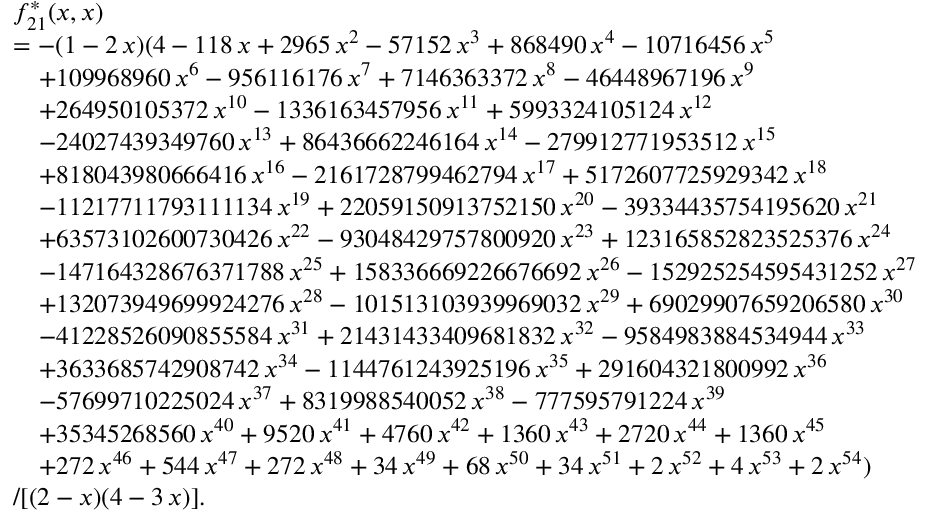
\begin{array} { r l } & { f _ { 2 1 } ^ { * } ( x , x ) } \\ & { = - ( 1 - 2 \, x ) ( 4 - 1 1 8 \, x + 2 9 6 5 \, x ^ { 2 } - 5 7 1 5 2 \, x ^ { 3 } + 8 6 8 4 9 0 \, x ^ { 4 } - 1 0 7 1 6 4 5 6 \, x ^ { 5 } } \\ & { \quad + 1 0 9 9 6 8 9 6 0 \, x ^ { 6 } - 9 5 6 1 1 6 1 7 6 \, x ^ { 7 } + 7 1 4 6 3 6 3 3 7 2 \, x ^ { 8 } - 4 6 4 4 8 9 6 7 1 9 6 \, x ^ { 9 } } \\ & { \quad + 2 6 4 9 5 0 1 0 5 3 7 2 \, x ^ { 1 0 } - 1 3 3 6 1 6 3 4 5 7 9 5 6 \, x ^ { 1 1 } + 5 9 9 3 3 2 4 1 0 5 1 2 4 \, x ^ { 1 2 } } \\ & { \quad - 2 4 0 2 7 4 3 9 3 4 9 7 6 0 \, x ^ { 1 3 } + 8 6 4 3 6 6 6 2 2 4 6 1 6 4 \, x ^ { 1 4 } - 2 7 9 9 1 2 7 7 1 9 5 3 5 1 2 \, x ^ { 1 5 } } \\ & { \quad + 8 1 8 0 4 3 9 8 0 6 6 6 4 1 6 \, x ^ { 1 6 } - 2 1 6 1 7 2 8 7 9 9 4 6 2 7 9 4 \, x ^ { 1 7 } + 5 1 7 2 6 0 7 7 2 5 9 2 9 3 4 2 \, x ^ { 1 8 } } \\ & { \quad - 1 1 2 1 7 7 1 1 7 9 3 1 1 1 1 3 4 \, x ^ { 1 9 } + 2 2 0 5 9 1 5 0 9 1 3 7 5 2 1 5 0 \, x ^ { 2 0 } - 3 9 3 3 4 4 3 5 7 5 4 1 9 5 6 2 0 \, x ^ { 2 1 } } \\ & { \quad + 6 3 5 7 3 1 0 2 6 0 0 7 3 0 4 2 6 \, x ^ { 2 2 } - 9 3 0 4 8 4 2 9 7 5 7 8 0 0 9 2 0 \, x ^ { 2 3 } + 1 2 3 1 6 5 8 5 2 8 2 3 5 2 5 3 7 6 \, x ^ { 2 4 } } \\ & { \quad - 1 4 7 1 6 4 3 2 8 6 7 6 3 7 1 7 8 8 \, x ^ { 2 5 } + 1 5 8 3 3 6 6 6 9 2 2 6 6 7 6 6 9 2 \, x ^ { 2 6 } - 1 5 2 9 2 5 2 5 4 5 9 5 4 3 1 2 5 2 \, x ^ { 2 7 } } \\ & { \quad + 1 3 2 0 7 3 9 4 9 6 9 9 9 2 4 2 7 6 \, x ^ { 2 8 } - 1 0 1 5 1 3 1 0 3 9 3 9 9 6 9 0 3 2 \, x ^ { 2 9 } + 6 9 0 2 9 9 0 7 6 5 9 2 0 6 5 8 0 \, x ^ { 3 0 } } \\ & { \quad - 4 1 2 2 8 5 2 6 0 9 0 8 5 5 5 8 4 \, x ^ { 3 1 } + 2 1 4 3 1 4 3 3 4 0 9 6 8 1 8 3 2 \, x ^ { 3 2 } - 9 5 8 4 9 8 3 8 8 4 5 3 4 9 4 4 \, x ^ { 3 3 } } \\ & { \quad + 3 6 3 3 6 8 5 7 4 2 9 0 8 7 4 2 \, x ^ { 3 4 } - 1 1 4 4 7 6 1 2 4 3 9 2 5 1 9 6 \, x ^ { 3 5 } + 2 9 1 6 0 4 3 2 1 8 0 0 9 9 2 \, x ^ { 3 6 } } \\ & { \quad - 5 7 6 9 9 7 1 0 2 2 5 0 2 4 \, x ^ { 3 7 } + 8 3 1 9 9 8 8 5 4 0 0 5 2 \, x ^ { 3 8 } - 7 7 7 5 9 5 7 9 1 2 2 4 \, x ^ { 3 9 } } \\ & { \quad + 3 5 3 4 5 2 6 8 5 6 0 \, x ^ { 4 0 } + 9 5 2 0 \, x ^ { 4 1 } + 4 7 6 0 \, x ^ { 4 2 } + 1 3 6 0 \, x ^ { 4 3 } + 2 7 2 0 \, x ^ { 4 4 } + 1 3 6 0 \, x ^ { 4 5 } } \\ & { \quad + 2 7 2 \, x ^ { 4 6 } + 5 4 4 \, x ^ { 4 7 } + 2 7 2 \, x ^ { 4 8 } + 3 4 \, x ^ { 4 9 } + 6 8 \, x ^ { 5 0 } + 3 4 \, x ^ { 5 1 } + 2 \, x ^ { 5 2 } + 4 \, x ^ { 5 3 } + 2 \, x ^ { 5 4 } ) } \\ & { / [ ( 2 - x ) ( 4 - 3 \, x ) ] . } \end{array}